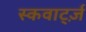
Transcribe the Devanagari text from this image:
स्कवार्ट्ज़